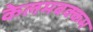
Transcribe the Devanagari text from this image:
केलमबक्कम